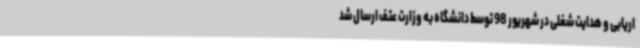
اریابی و هدایت شغلی در شهریور 98 توسط دانشگاه به وزارت عتف ارسال شد